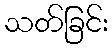
သတ်ခြင်း